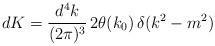
LaTeX: \begin{align*}dK = \frac{d^{4}k}{(2\pi)^{3}}\,2\theta (k_{0})\,\delta(k^{2}-m^{2})\end{align*}